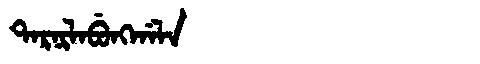
Manchu: ᡨᠠᡵᠨᡳᠯᠠᠪᡠᠩᡤᠠᠯᠠ
Romanization: TARNILABUNGGALA